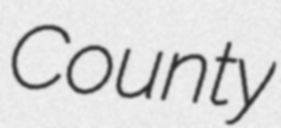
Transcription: County